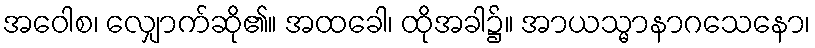
အဝေါစ၊ လျှောက်ဆို၏။ အထခေါ၊ ထိုအခါ၌။ အာယသ္မာနာဂသေနော၊